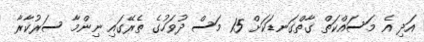
އަދި އެ މަސައްކަތް ގާތްގަނޑަކަށް 15 މަސް ދުވަހުގެ ތެރޭގައި ނިންމާ ސަރުކާރާ